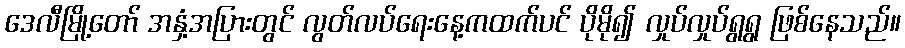
ဒေလီမြို့တော် အနှံ့အပြားတွင် လွတ်လပ်ရေးနေ့ကထက်ပင် ပိုမို၍ လှုပ်လှုပ်ရွရွ ဖြစ်နေသည်။